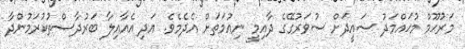
މަރުޙޫމް މުޙައްމަދު ސައީދަށް ސުވަރުގޭގެ ދާއިމީ ނިޢުމަތަށް އެދެމެވެ. އަދި އެއާއިލާ ބަރުދާސްތުކުރަމުންދާ